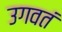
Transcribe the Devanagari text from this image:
उगवतं